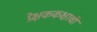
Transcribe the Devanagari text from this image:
प्रेक्षककक्षाची